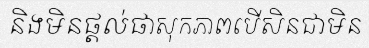
និងមិនផ្តល់ផាសុកភាពបើសិនជាមិន